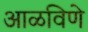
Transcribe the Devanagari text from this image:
आळविणे